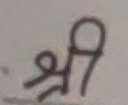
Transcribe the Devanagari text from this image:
श्री